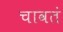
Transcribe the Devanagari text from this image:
चावतं